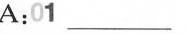
A:01 \underline